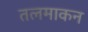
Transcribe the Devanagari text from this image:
तलमाकन